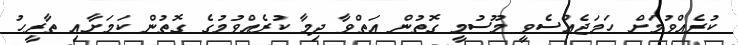
ކުރެއްވުމަށް ހަމަޖެއްސެވީ މޫސުމީ ގޮތުން އަތްވާ ދިމާ ކުރެއްވުމުގެ ގޮތުން ކަމަށާއި ތާރީހު